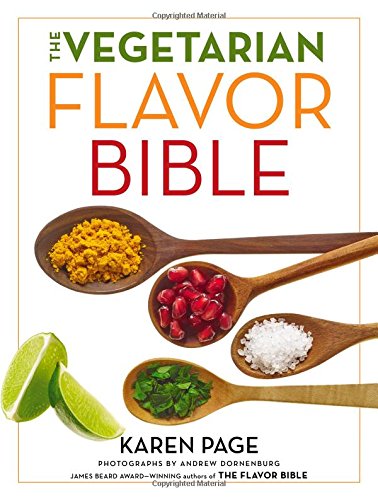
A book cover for The Vegetarian Flavor Bible: The Essential Guide to Culinary Creativity with Vegetables, Fruits, Grains, Legumes, Nuts, Seeds, and More, Based on the Wisdom of Leading American Chefs; Karen Page; Cookbooks, Food & Wine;